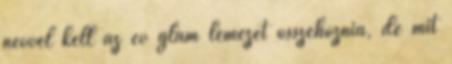
névvel kell az év glam lemezét összehoznia, de mit